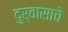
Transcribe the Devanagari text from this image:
दुर्वासाचे